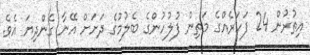
އިތުރުން 24 ފަހަރެއްގެ މަތިން ފުލުހުންގެ ބެލުމުގެ ދަށަށް އޭނާ ގެންދިޔަ އެވެ.